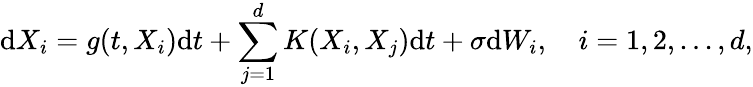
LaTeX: \mathrm dX_{i}=g(t,X_{i})\mathrm dt+\sum_{j=1}^{d}K(X_{i},X_{j})\mathrm dt+\sigma\mathrm dW_{i},\quad i=1,2,...,d,